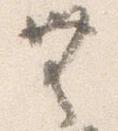
無